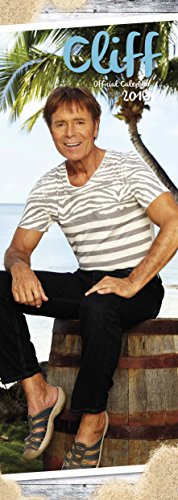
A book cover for The Official Cliff Richard 2016 Slim Calendar; Calendars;